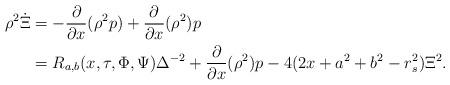
LaTeX: \begin{align*} \rho^2 \dot{\Xi} &= -\frac{\partial}{\partial x} (\rho^2 p) + \frac{\partial}{\partial x}(\rho^2) p\\&=R_{a,b}(x,\tau,\Phi,\Psi) \Delta^{-2} + \frac{\partial}{\partial x}(\rho^2) p - 4(2x+a^2+b^2-r_s^2) \Xi^2.\end{align*}